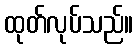
ထုတ်လုပ်သည်။